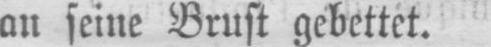
an seine Brust gebettet.